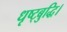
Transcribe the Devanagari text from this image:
धृष्ट्बुद्धि।